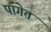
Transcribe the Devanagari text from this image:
पागेत